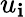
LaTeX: u_{\mathbf{i}}